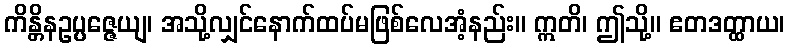
ကိန္တိနဥပ္ပဇ္ဇေယျ၊ အသို့လျှင်နောက်ထပ်မဖြစ်လေအံ့နည်း။ ဣတိ၊ ဤသို့။ ဧတဒတ္ထာယ၊